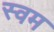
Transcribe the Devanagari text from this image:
स्वम